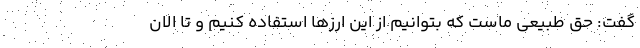
گفت: حق طبیعی ماست که بتوانیم از این ارزها استفاده کنیم و تا الان